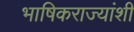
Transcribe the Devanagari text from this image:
भाषिकराज्यांशी